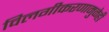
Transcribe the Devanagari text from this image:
विलगीकरणामुळेही